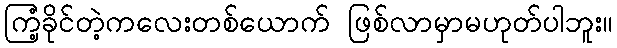
ကြံ့ခိုင်တဲ့ကလေးတစ်ယောက် ဖြစ်လာမှာမဟုတ်ပါဘူး။